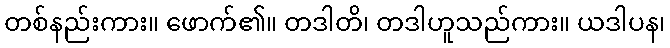
တစ်နည်းကား။ ဖောက်၏။ တဒါတိ၊ တဒါဟူသည်ကား။ ယဒါပန၊